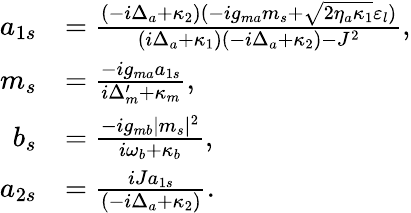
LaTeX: \begin{array}{rl}{a_{1s}}&{=\frac{(-i\Delta_{a}+\kappa_{2})(-ig_{ma}m_{s}+\sqrt{2\eta_{a}\kappa_{1}}\varepsilon_{l})}{(i\Delta_{a}+\kappa_{1})(-i\Delta_{a}+\kappa_{2})-J^{2}},}\\ {m_{s}}&{=\frac{-ig_{ma}a_{1s}}{i\Delta_{m}^{\prime}+\kappa_{m}},}\\ {b_{s}}&{=\frac{-ig_{mb}|m_{s}|^{2}}{i\omega_{b}+\kappa_{b}},}\\ {a_{2s}}&{=\frac{iJa_{1s}}{(-i\Delta_{a}+\kappa_{2})}.}\end{array}